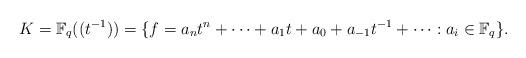
LaTeX: \begin{align*}K = \mathbb F_q ((t^{-1})) = \{ f = a_n t^n + \dots + a_1 t + a_0 + a_{-1} t^{-1} + \cdots : a_i \in \mathbb F_q \}.\end{align*}